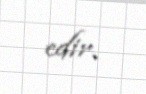
edir.